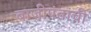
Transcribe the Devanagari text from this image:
बाजीपंतांची